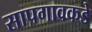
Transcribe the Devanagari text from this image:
सापगावकडे